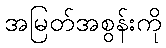
အမြတ်အစွန်းကို